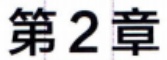
第2章